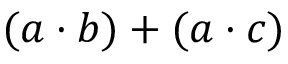
( a \cdot b ) + ( a \cdot c )